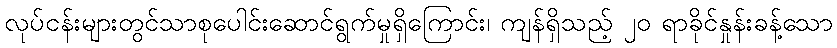
လုပ်ငန်းများတွင်သာစုပေါင်းဆောင်ရွက်မှုရှိကြောင်း၊ ကျန်ရှိသည့် ၂၀ ရာခိုင်နှုန်းခန့်သော